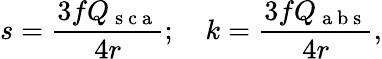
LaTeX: s=\frac{3fQ_{\mathrm{~s~c~a~}}}{4r};\, \, \, \, \, \, k=\frac{3fQ_{\mathrm{~a~b~s~}}}{4r},